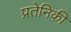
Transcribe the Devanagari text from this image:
प्रतेनिकी